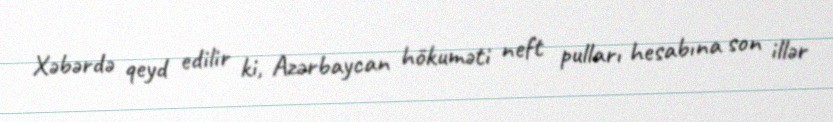
Xəbərdə qeyd edilir ki, Azərbaycan hökuməti neft pulları hesabına son illər